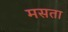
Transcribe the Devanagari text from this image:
मसता